On a parasite found in the white corpuscles of the blood of dogs - Number 14
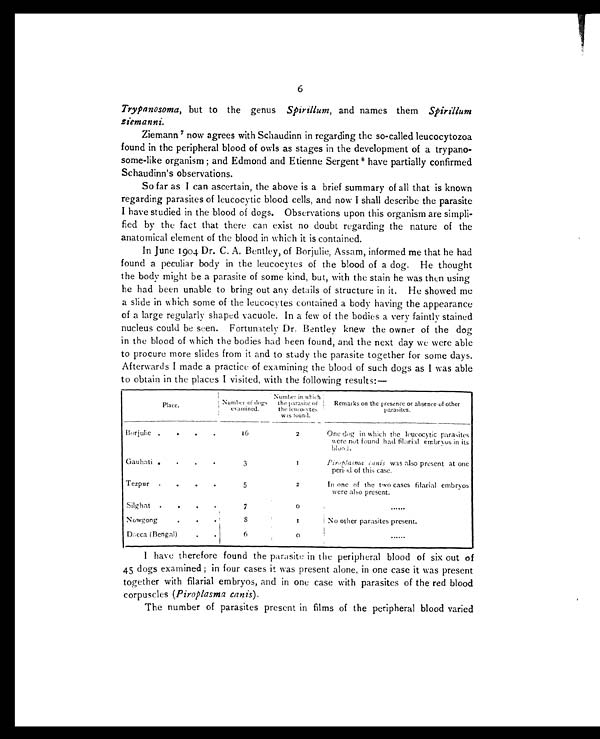
6
Trypanosoma, but to the genus Spirillum, and names them Spirillum
ziemanni.
Z i e ma n n 7 n o w a g r e e s wi t h S c h a u d i n n i n r e g a r d i n g t h e s o - c a l l e d l e u c o c y t o z o a
found in the peripheral blood of owls as stages in the development of a trypano-
some-like organism and Edmond and Etienne Sergent 8 h a v e p a r t i a l l y c o n f i r m e d
Schaudinn's observations.
So far as I can ascertain, the above is a brief summary of all that is known
regarding parasites of leucocytic blood cells, and now I shall describe the parasite
I have studied in the blood of dogs. Observations upon this organism are simpli-
fied by the fact that there can exist no doubt regarding the nature of the
anatomical element of the blood in which it is contained.
In June 1904 Dr. C. A. Bentley, of Borjulie, Assam, informed me that he had
found a peculiar body in the leucocytes of the blood of a dog. He thought
the body might be a parasite of some kind, but, with the stain he was then using
he had been unable to bring out any details of structure in it. He showed me
a slide in which some of the leucocytes contained a body having the appearance
of a large regularl y shaped vacuole. In a few of the bodies a very faintly stained
nucleus could be seen. Fortunately Dr. Bentley knew the owner of the dog
in the blood of which the bodies had been found, and the next day we were able
to procure more slides from it and to study the parasite together for some days.
Afterwards I made a practice of examining the blood of such dogs as I was able
to obtain in the places I visited, with the following results:—
p l a c e .
Number of dogs
examined.
Number in which
the parasite of
the leucocytes,
was found.
Remarks on the presence or absence of other
parasites.
Borjulie .
.
.
.
1 6
2
One dog in which the leucocytic parasites
were not found had filarial embryos in its
bl ood.
Gauhati .
.
.
.
3
1
Piroplasma
canis was also present at one
period of this case.
Tezpur
.
.
.
.
5
2
In one of the two cases filarial embryos
were also present.
Silghat .
.
.
.
7
0
......
Nowgong
.
.
.
8
1
No other parasites present.
Dacca (Bengal)
.
.
6
0
. . . . . .
I have therefore found the parasite in the peripheral blood of six out of
4 5 d o g s e x a m i n e d ; i n f o u r c a s e s i t w a s p r e s e n t a l o n e , i n o n e c a s e i t w a s p r e s e n t
together with filarial embryos, and in one case with parasites of the red blood
corpuscles (Piroplasma canis).
The number of parasites present in films of the peripheral blood varied